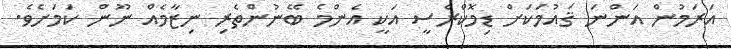
އަރަމުން އަންނަ ޤައުމަކަށް ޑިމޮކްރެސީ އަކީ އެންމެ ބޭނުންތެރި ނިޒާމެއް ނޫން ކަމަށެވެ.